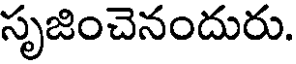
సృజించెనందురు.